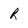
Character: R